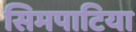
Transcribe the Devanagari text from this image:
सिमपाटिया